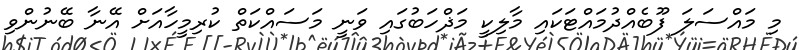
މި މައްސަލަ ފޫބެއްދުމައްޓަކައި މާލިކީ މަޛްހަބުގައި ވަނީ މަސައްކަތް ކުރިމީހާއަށް އޭނާ ބޭނުންވި